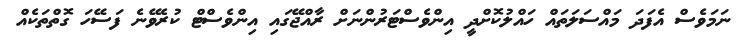
ނަމަވެސް އެފަަދަ މައްސަލަތައް ހައްލުކޮށްދީ އިންވެސްޓަރުންނަށް ރާއްޖޭގައި އިންވެސްޓް ކުރެވޭނެ ފަސޭހަ ގޮތްތަކެއް